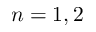
n = 1 , 2